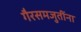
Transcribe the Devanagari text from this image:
गैरसमजुतींना